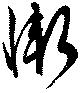
慚